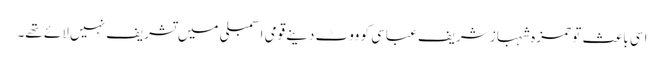
اسی باعث تو حمزہ شہباز شریف عباسی کو ووٹ دینے قومی اسمبلی میں تشریف نہیں لائے تھے۔